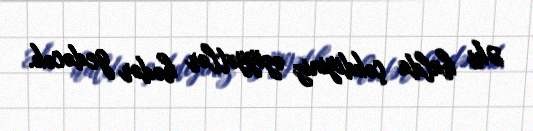
Əks halda çəkdiyiniz əziyyətlər hədər gedəcək.